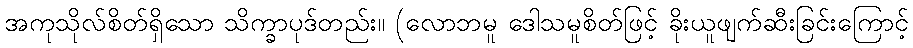
အကုသိုလ်စိတ်ရှိသော သိက္ခာပုဒ်တည်း။ (လောဘမူ ဒေါသမူစိတ်ဖြင့် ခိုးယူဖျက်ဆီးခြင်းကြောင့်